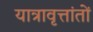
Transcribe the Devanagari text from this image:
यात्रावृत्तांतों